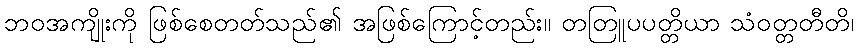
ဘဝအကျိုးကို ဖြစ်စေတတ်သည်၏ အဖြစ်ကြောင့်တည်း။ တတြူပပတ္တိယာ သံဝတ္တတီတိ၊